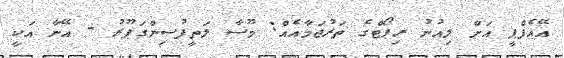
އޭއެފްޕީ އަށް ލިއުނު ރިޕޯޓްގެ ތަރުޖަމާއެއް: މޫސާ ލަތީފުސިންގަޕޫރު - އޭނާ އަކީ